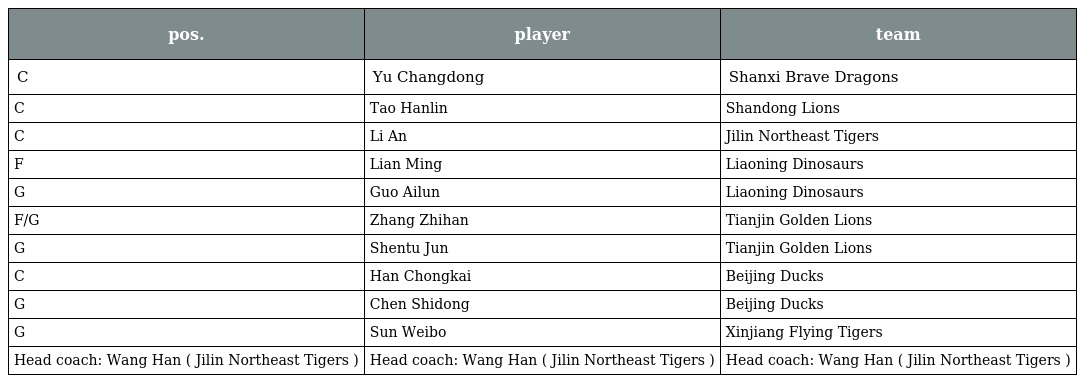
| pos. | player | team |
 | --- | --- | --- |
 | C | Yu Changdong | Shanxi Brave Dragons |
 | C | Tao Hanlin | Shandong Lions |
 | C | Li An | Jilin Northeast Tigers |
 | F | Lian Ming | Liaoning Dinosaurs |
 | G | Guo Ailun | Liaoning Dinosaurs |
 | F/G | Zhang Zhihan | Tianjin Golden Lions |
 | G | Shentu Jun | Tianjin Golden Lions |
 | C | Han Chongkai | Beijing Ducks |
 | G | Chen Shidong | Beijing Ducks |
 | G | Sun Weibo | Xinjiang Flying Tigers |
 | Head coach: Wang Han ( Jilin Northeast Tigers ) | Head coach: Wang Han ( Jilin Northeast Tigers ) | Head coach: Wang Han ( Jilin Northeast Tigers ) |